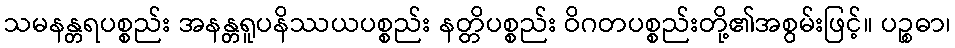
သမနန္တရပစ္စည်း အနန္တရူပနိဿယပစ္စည်း နတ္တိပစ္စည်း ဝိဂတပစ္စည်းတို့၏အစွမ်းဖြင့်။ ပဉ္စဓာ၊